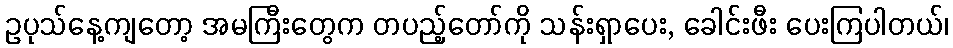
ဥပုသ်နေ့ကျတော့ အမကြီးတွေက တပည့်တော်ကို သန်းရှာပေး, ခေါင်းဖီး ပေးကြပါတယ်၊